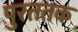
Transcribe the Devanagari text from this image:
पुरततक